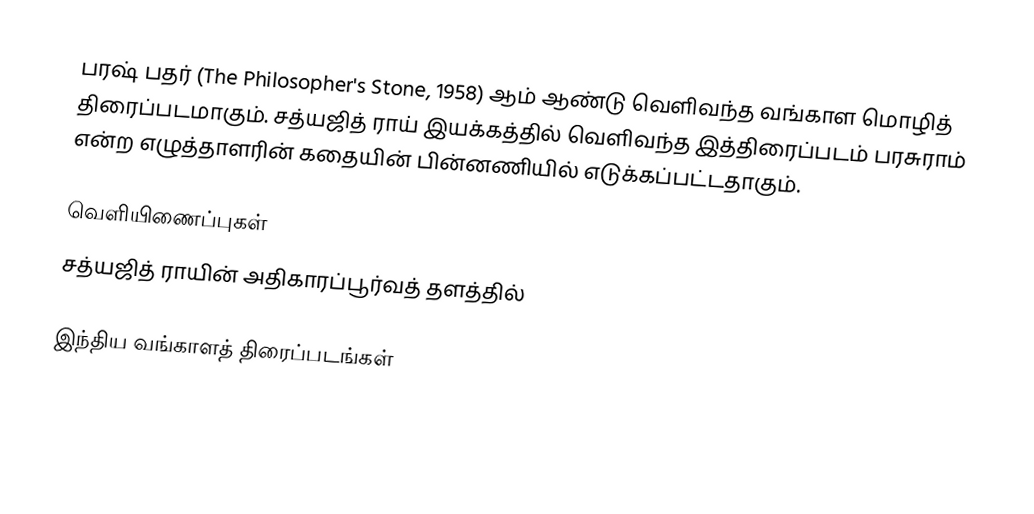
பரஷ் பதர் (The Philosopher's Stone, 1958) ஆம் ஆண்டு வெளிவந்த வங்காள மொழித் திரைப்படமாகும். சத்யஜித் ராய் இயக்கத்தில் வெளிவந்த இத்திரைப்படம் பரசுராம் என்ற எழுத்தாளரின் கதையின் பின்னணியில் எடுக்கப்பட்டதாகும்.

வெளியிணைப்புகள்
   சத்யஜித் ராயின் அதிகாரப்பூர்வத் தளத்தில்

இந்திய வங்காளத் திரைப்படங்கள்